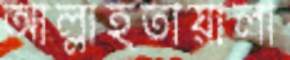
আল্লাহতায়ালা